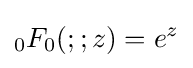
{}_{0}F_{0}(;;z)=e^{z}